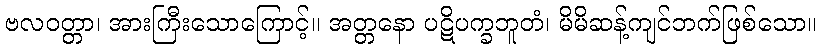
ဗလဝတ္တာ၊ အားကြီးသောကြောင့်။ အတ္တနော ပဋိပက္ခဘူတံ၊ မိမိဆန့်ကျင်ဘက်ဖြစ်သော။